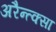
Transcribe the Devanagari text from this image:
अरैन्त्क्सा